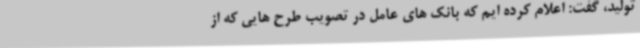
تولید، گفت: اعلام کرده ایم که بانک های عامل در تصویب طرح هایی که از